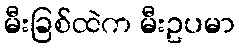
မီးခြစ်ထဲက မီးဥပမာ